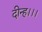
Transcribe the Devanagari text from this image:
दीन्‍ह।।।